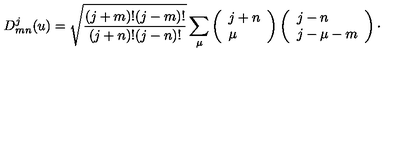
D _ { m n } ^ { j } ( u ) = \sqrt { \frac { ( j + m ) ! ( j - m ) ! } { ( j + n ) ! ( j - n ) ! } } \sum _ { \mu } \left( \begin{array} { l } { j + n } \\ { \mu } \\ \end{array} \right) \left( \begin{array} { l } { j - n } \\ { j - \mu - m } \\ \end{array} \right) \cdot